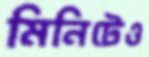
মিনিটেও